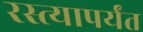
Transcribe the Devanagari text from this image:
रस्त्यापर्यंत